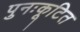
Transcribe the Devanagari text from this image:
पुनःकूटित